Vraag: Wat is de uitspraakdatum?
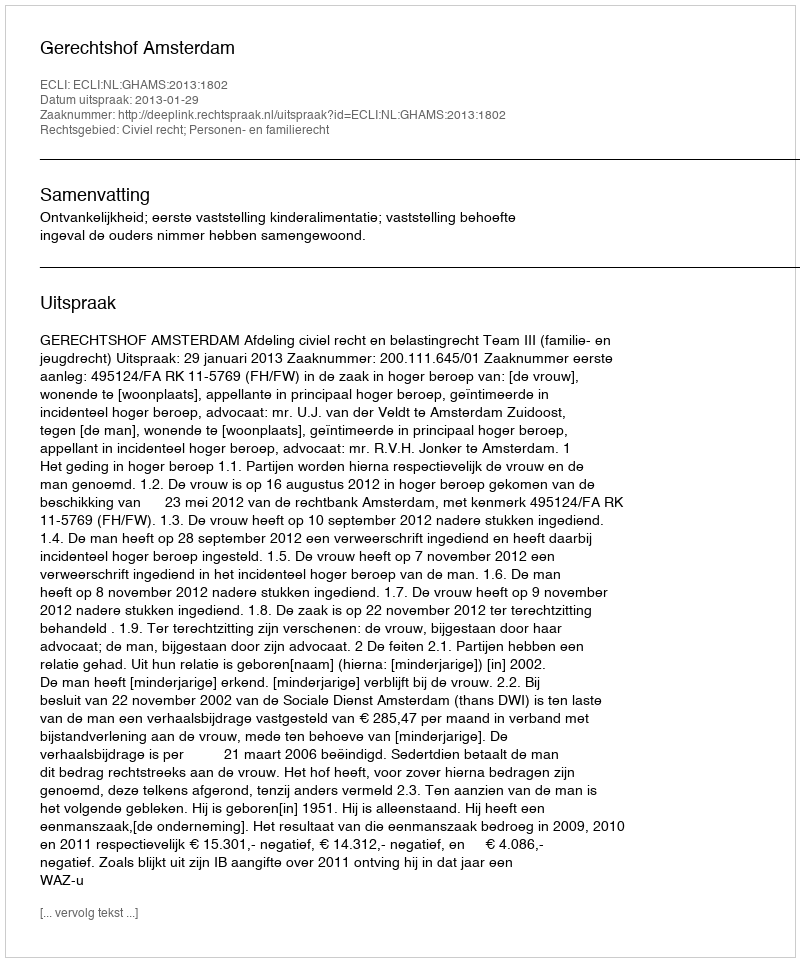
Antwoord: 2013-01-29